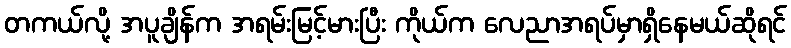
တကယ်လို့ အပူချိန်က အရမ်းမြင့်မားပြီး ကိုယ်က လေညာအရပ်မှာရှိနေမယ်ဆိုရင်